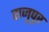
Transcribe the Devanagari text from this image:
राजुपुर